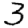
Digit: 3